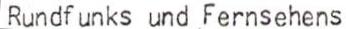
Rundfunks und Fernsehens